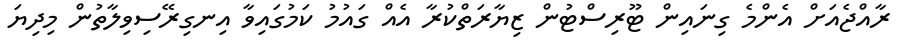
ރާއްޖެއަށް އެންމެ ގިނައިން ޓޫރިސްޓުން ޒިޔާރަތްކުރާ އެއް ގައުމު ކަމުގައިވާ އިނގިރޭސިވިލާތުން މިދިޔަ